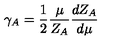
\gamma _ { A } = \frac { 1 } { 2 } \frac { \mu } { Z _ { A } } \frac { d Z _ { A } } { d \mu }